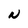
Character: N